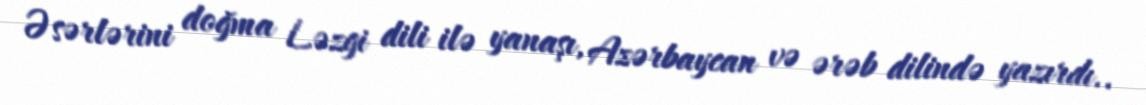
Əsərlərini doğma Ləzgi dili ilə yanaşı, Azərbaycan və ərəb dilində yazırdı..